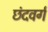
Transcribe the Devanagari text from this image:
छंदवर्ग